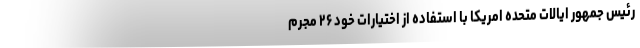
رئیس جمهور ایالات متحده امریکا با استفاده از اختیارات خود ۲۶ مجرم